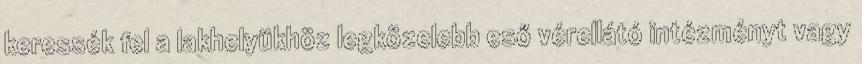
keressék fel a lakhelyükhöz legközelebb eső vérellátó intézményt vagy